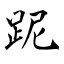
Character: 跜